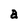
Character: a